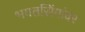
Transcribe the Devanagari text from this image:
भगतसिंगांवर